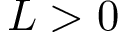
L > 0